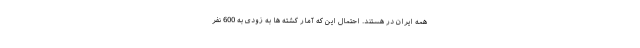
همه ایران در هستند. احتمال این که آمار کشته ها به زودی به 600 نفر